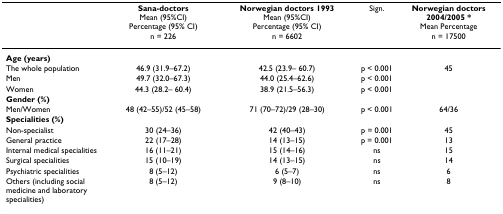
<table><thead><tr><td></td><td><b>Sana-doctors Mean (95%CI) Percentage (95% CI) n = 226</b></td><td><b>Norwegian doctors 1993 Mean (95%CI) Percentage (95% CI) n = 6602</b></td><td><b>Sign.</b></td><td><b>Norwegian doctors 2004/2005 * Mean Percentage n = 17500</b></td></tr></thead><tbody><tr><td><b>Age (years)</b></td><td></td><td></td><td></td><td></td></tr><tr><td>The whole population</td><td>46.9 (31.9–67.2)</td><td>42.5 (23.9– 60.7)</td><td>p &lt; 0.001</td><td>45</td></tr><tr><td>Men</td><td>49.7 (32.0–67.3)</td><td>44.0 (25.4–62.6)</td><td>p &lt; 0.001</td><td></td></tr><tr><td>Women</td><td>44.3 (28.2– 60.4)</td><td>38.9 (21.5–56.3)</td><td>p &lt; 0.001</td><td></td></tr><tr><td><b>Gender (%)</b></td><td></td><td></td><td></td><td></td></tr><tr><td>Men/Women</td><td>48 (42–55)/52 (45–58)</td><td>71 (70–72)/29 (28–30)</td><td>p &lt; 0.001</td><td>64/36</td></tr><tr><td><b>Specialities (%)</b></td><td></td><td></td><td></td><td></td></tr><tr><td>Non-specialist</td><td>30 (24–36)</td><td>42 (40–43)</td><td>p = 0.001</td><td>45</td></tr><tr><td>General practice</td><td>22 (17–28)</td><td>14 (13–15)</td><td>p = 0.001</td><td>13</td></tr><tr><td>Internal medical specialities</td><td>16 (11–21)</td><td>15 (14–16)</td><td>ns</td><td>15</td></tr><tr><td>Surgical specialities</td><td>15 (10–19)</td><td>14 (13–15)</td><td>ns</td><td>14</td></tr><tr><td>Psychiatric specialities</td><td>8 (5–12)</td><td>6 (5–7)</td><td>ns</td><td>6</td></tr><tr><td>Others (including social medicine and laboratory specialities)</td><td>8 (5–12)</td><td>9 (8–10)</td><td>ns</td><td>8</td></tr></tbody></table>